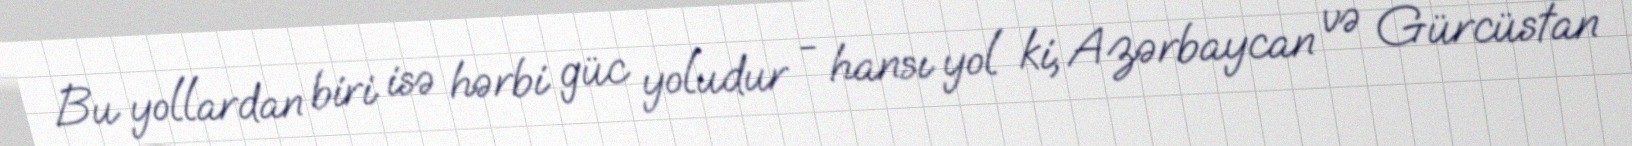
Bu yollardan biri isə hərbi güc yoludur - hansı yol ki, Azərbaycan və Gürcüstan